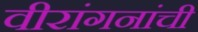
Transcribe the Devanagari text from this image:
वीरांगनांची